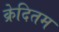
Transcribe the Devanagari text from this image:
क्रेदितम